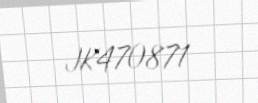
JK470871